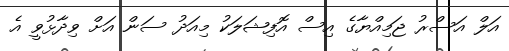
އަލް އަސްރު ޖަމިއްޔާގެ އިސް އޮފިޝަލަކު މިއަދު ސަން އަށް ވިދާޅުވީ އެ